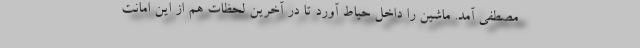
مصطفی آمد. ماشین را داخل حیاط آورد تا در آخرین لحظات هم از این امانت